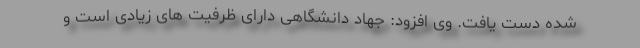
شده دست یافت. وی افزود: جهاد دانشگاهی دارای ظرفیت های زیادی است و